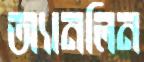
অ্যানলিন